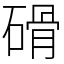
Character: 磆